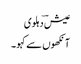
عیش ؔدہلوی
آنکھوں سے کہو ۔